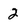
Character: 2